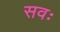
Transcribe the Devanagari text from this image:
सवः